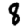
Digit: 8